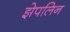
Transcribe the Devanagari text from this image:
झेपलिन